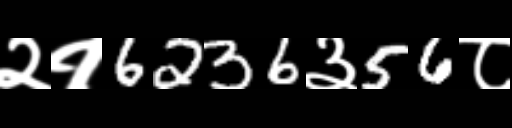
Text: २१6236३56८